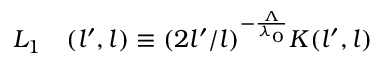
\begin{array} { r l } { L _ { 1 } } & { { } ( l ^ { \prime } , l ) \equiv ( 2 l ^ { \prime } / l ) ^ { - \frac { \Lambda } { \lambda _ { 0 } } } K ( l ^ { \prime } , l ) } \end{array}